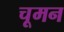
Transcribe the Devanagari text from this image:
चूमन